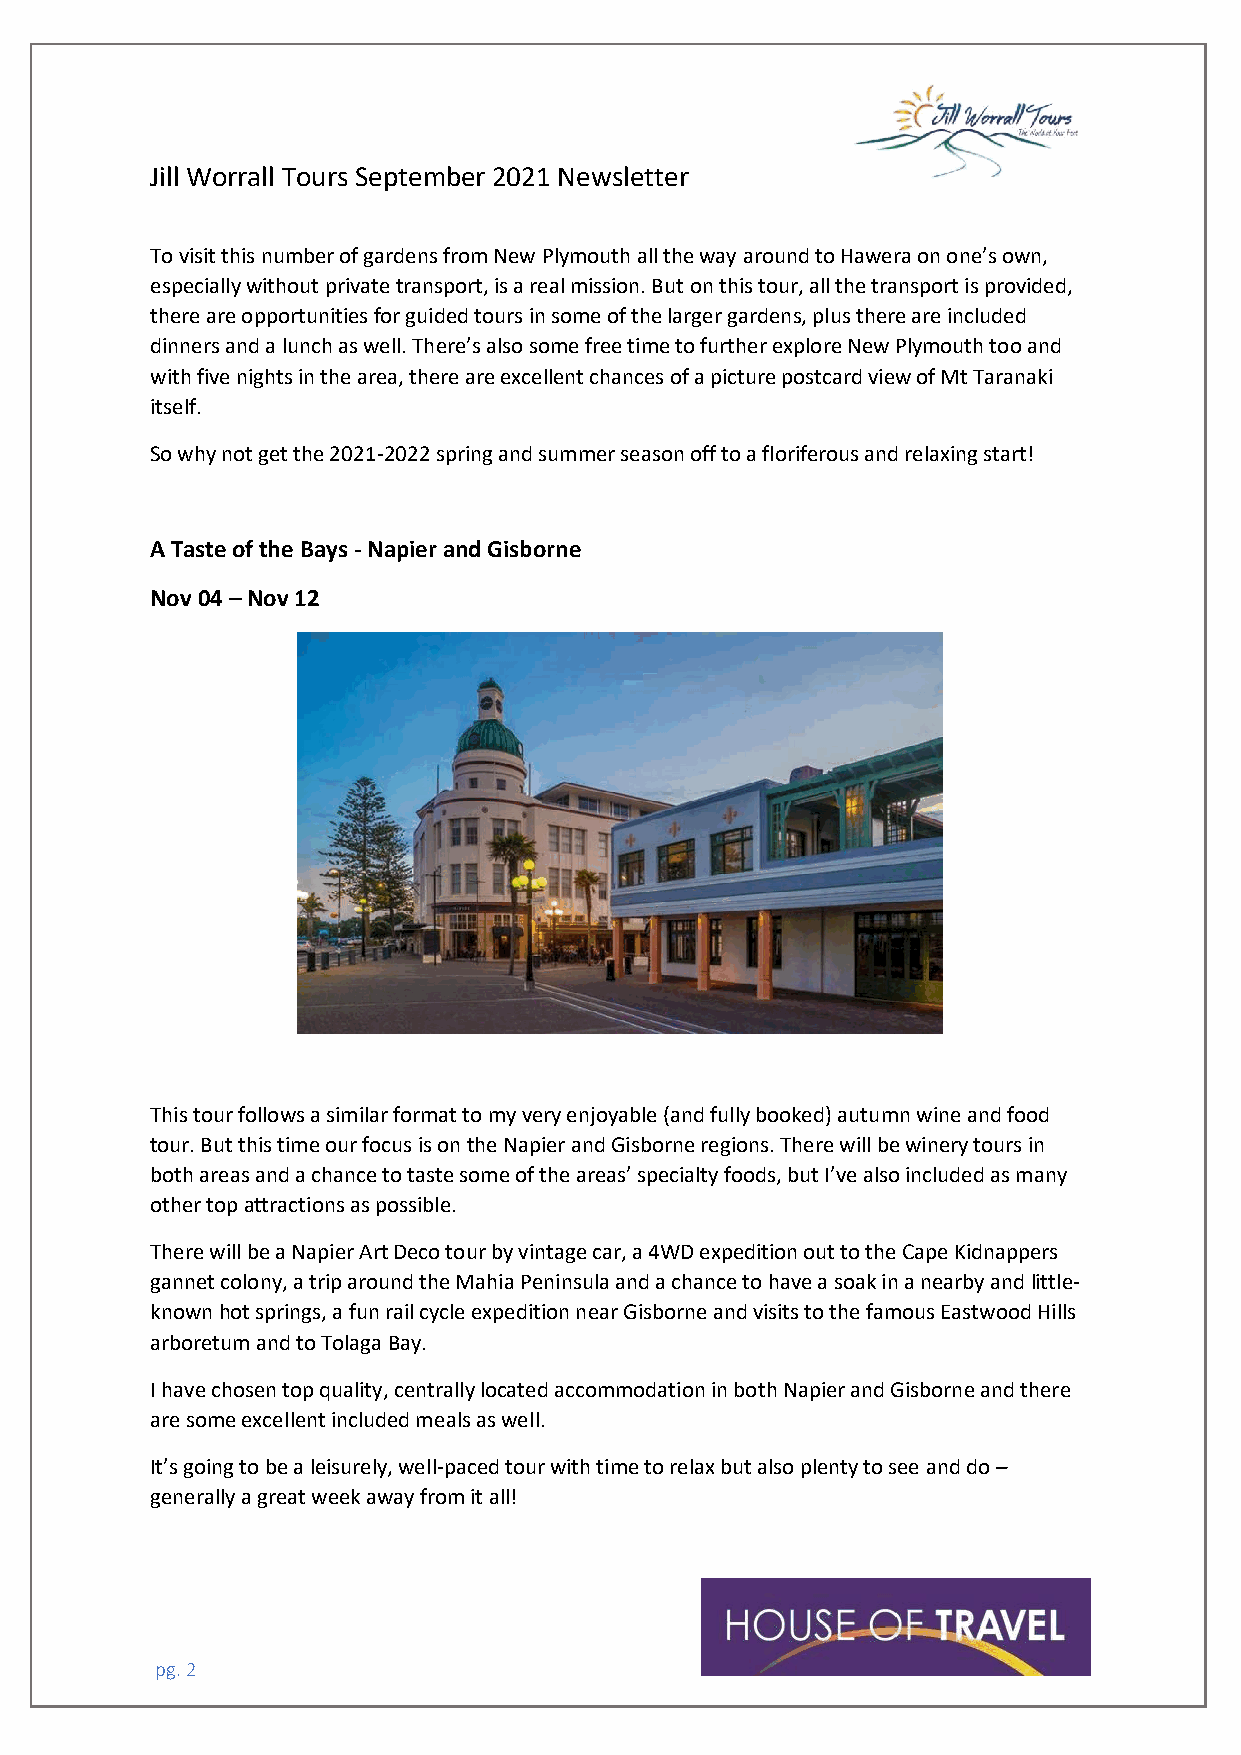
Jill Worrall Tours September 2021 Newsletter
 To visit this number of gardens from New Plymouth all the way around to Hawera on one’s own,
 especially without private transport, is a real mission. But on this tour, all the transport is provided,
 there are opportunities for guided tours in some of the larger gardens, plus there are included
 dinners and a lunch as well. There’s also some free time to further explore New Plymouth too and
 with five nights in the area, there are excellent chances of a picture postcard view of Mt Taranaki
 itself.
 So why not get the 2021-2022 spring and summer season off to a floriferous and relaxing start!
 A Taste of the Bays - Napier and Gisborne
 Nov 04 – Nov 12
 This tour follows a similar format to my very enjoyable (and fully booked) autumn wine and food
 tour. But this time our focus is on the Napier and Gisborne regions. There will be winery tours in
 both areas and a chance to taste some of the areas’ specialty foods, but I’ve also included as many
 other top attractions as possible.
 There will be a Napier Art Deco tour by vintage car, a 4WD expedition out to the Cape Kidnappers
 gannet colony, a trip around the Mahia Peninsula and a chance to have a soak in a nearby and little-
 known hot springs, a fun rail cycle expedition near Gisborne and visits to the famous Eastwood Hills
 arboretum and to Tolaga Bay.
 I have chosen top quality, centrally located accommodation in both Napier and Gisborne and there
 are some excellent included meals as well.
 It’s going to be a leisurely, well-paced tour with time to relax but also plenty to see and do –
 generally a great week away from it all!
 pg. 2